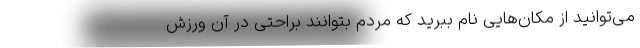
می‌توانید از مکان‌هایی نام ببرید که مردم بتوانند براحتی در آن ورزش